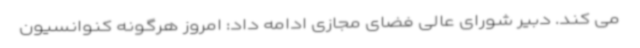
می کند. دبیر شورای عالی فضای مجازی ادامه داد: امروز هرگونه کنوانسیون